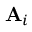
{ \mathbf A _ { i } }